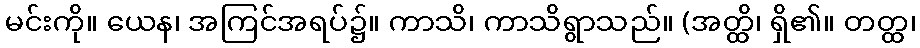
မင်းကို။ ယေန၊ အကြင်အရပ်၌။ ကာသိ၊ ကာသိရွာသည်။ (အတ္ထိ၊ ရှိ၏။ တတ္ထ၊